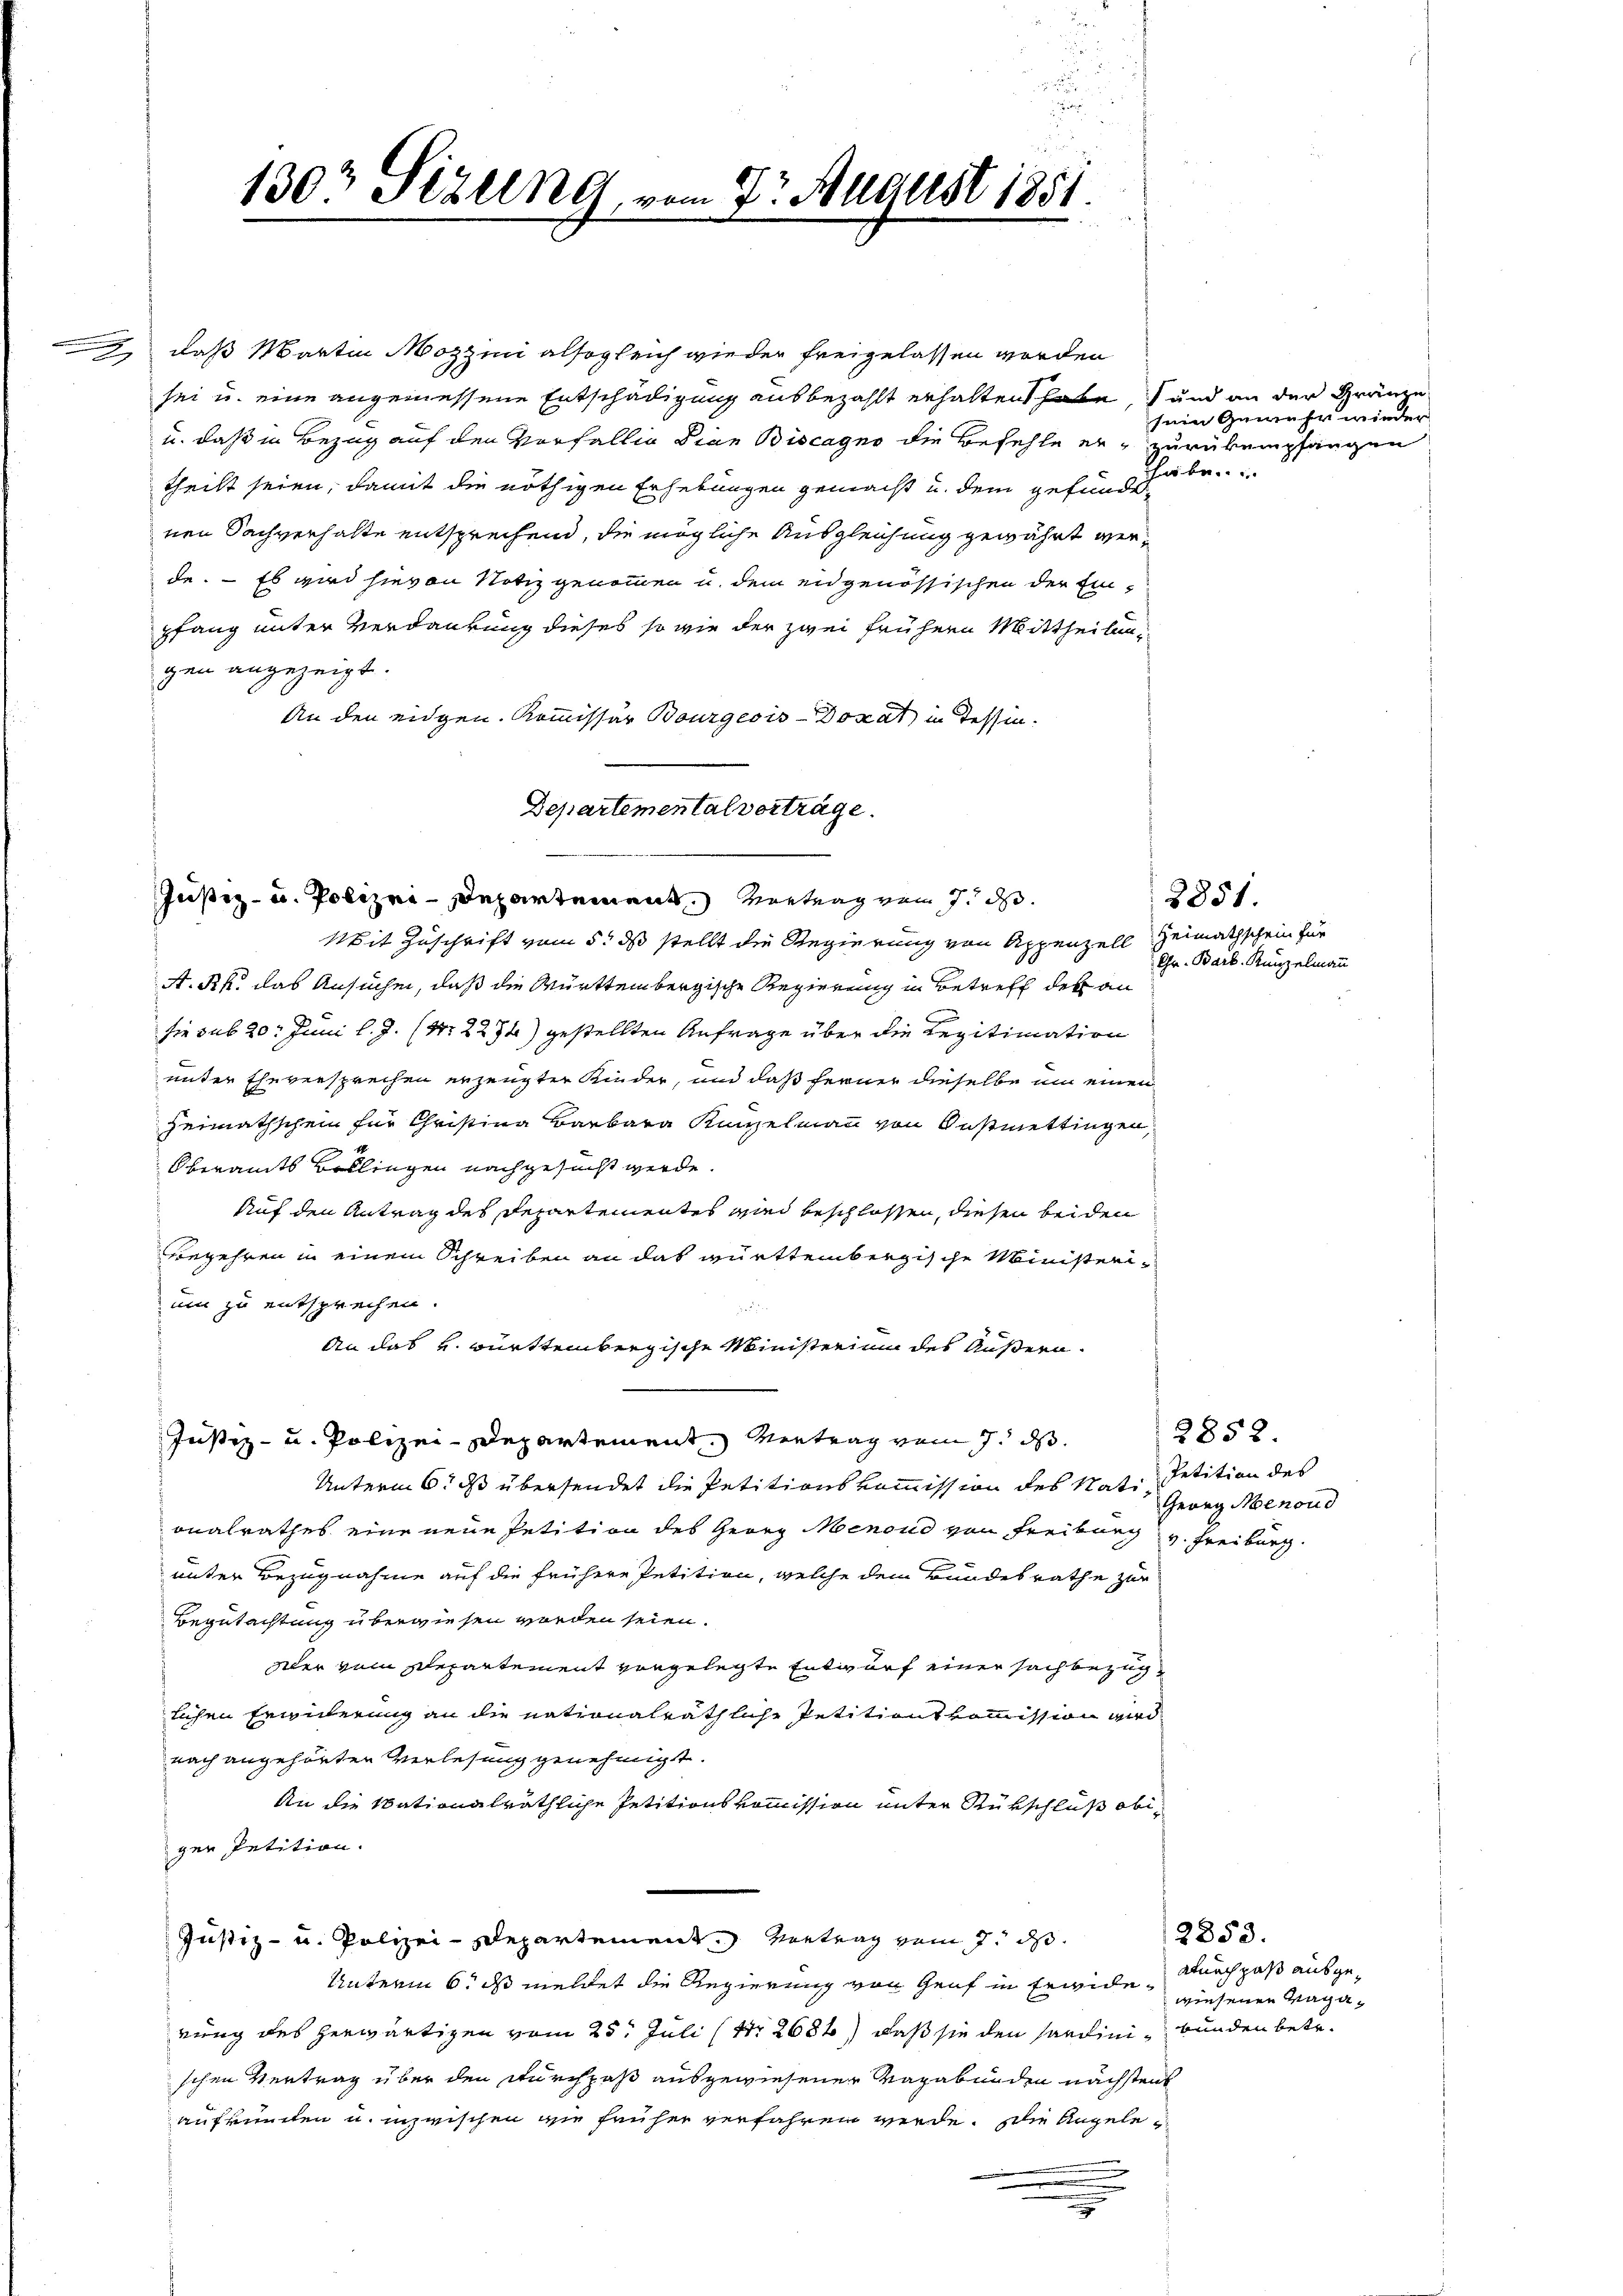
sei u. eine angemessene Entschädigung ausbezahlt erhalten habe, und an der Gränze
u. daß in Bezug auf den Vorfällig dian Biscagno die Befehle er zurückempfangen
theilt seien, damit die nöthigen Erhebungen gemacht u. dem gefunde
nen Sachverhalte entsprechend, die mögliche Ausgleichung gewährt werde. – Es wird hievon Notiz genommen u. dem eidgenössischen der Einpfang unter Verdankung dieses so wie der zwei frühern Mittheilungen angezeigt.
An den eidgen. Kommissär Bourgeois-Dokat in Tessin.
Justiz- u. Polizei-Departement Vertrag vom 7. d.
Mit Zuschrift vom 5. ds stellt die Regierung von Appenzell Heimathschein für
A. R. das Ansuchen, daß die Württembergische Regierung in Betreff der an
sie sub 20. Juni l. J. (S. 2274) gestellten Anfrage über die Regitimation
unter Eheversprechen erzeugter Kinder, und daß ferner dieselbe um einen
Heimathschein für Christina Barbara Kinzelmann von Gasmettingen,
Oberamts Bellingen nachgesucht werde.
Auf den Antrag des Departementes wird beschlossen, diesen beiden
Begehren in einem Schreiben an das württembergische Ministerium zu entsprechen.
An das u. württembergische Ministerium des Äußern.
Justiz- u. Polizei-Departement. Vertrag vom 7. ds.
Unterm 6. ds übersendet die Petitionskommission des Nati, Petition des
onalrathes eine neue Petition des Georg Menoud von Freiburg v. Freiburg
unter Bezugnahme auf die frühere Petition, welche dem Bundesrathe zur
Begutachtung überwiesen worden seien.
dler vom Departement vorgelegte Entwurf einer sachbezuglichen Erwiderung an die nationalräthliche Petitionskommission wird
nach angehörten Verlesung genehmigt.
An die Stationalräthliche Petitionskommission unter Rükschluß obiger Petition.
Justiz- u. Polizei-Departement. Vertrag vom 7. d.
Unterm 6. ds meldet die Regierung von Graf in Erwide, wiesenen Vagarung des herwärtigen vom 25t Juli (Nr. 2686) daß sie den Sardinie bunden betr.
schen Vertrag über den Durchpaß ausgewiesener Vagabunden nächstens
aufkünden u. inzwischen wie früher verfahren werde. Die Angele

130 Sizung

vom 7ten August

Departemental vorträge.

daß Martin Mozzini alsogleich wieder freigelassen worden

sein Gewehr wieder
habe.

2851.
Gr. Barb. Kunzelmann

2852.
Georg Menoud

2853.
adurch paß ausge¬